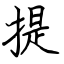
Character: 提